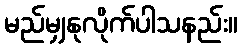
မည်မျှနုလိုက်ပါသနည်း။